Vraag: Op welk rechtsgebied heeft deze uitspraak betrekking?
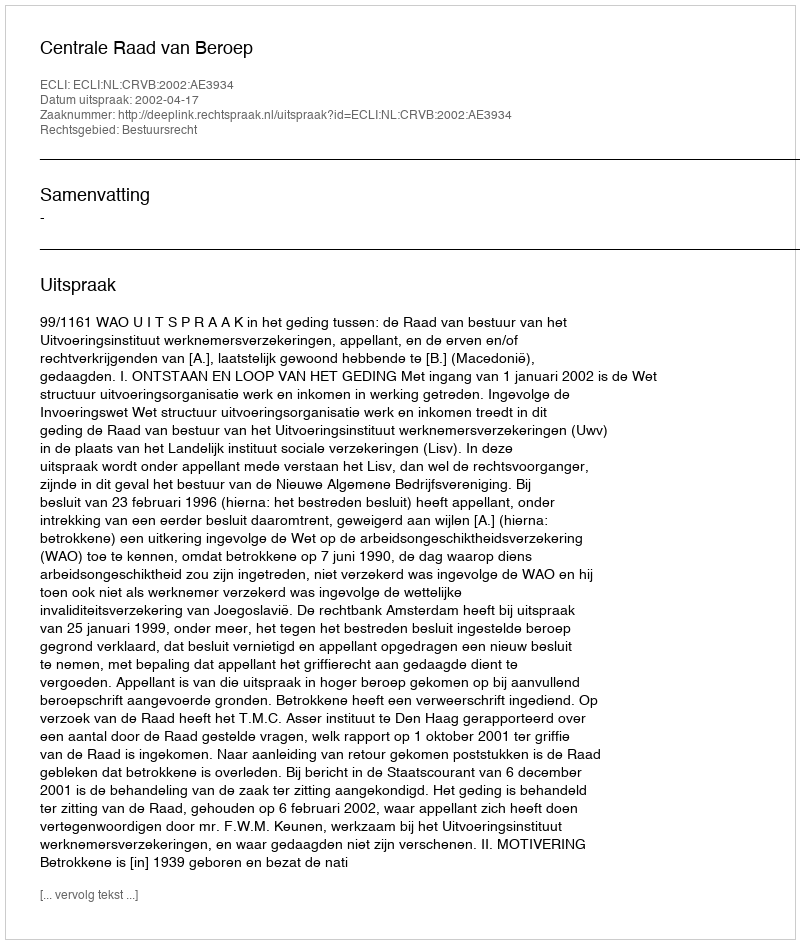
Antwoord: Bestuursrecht